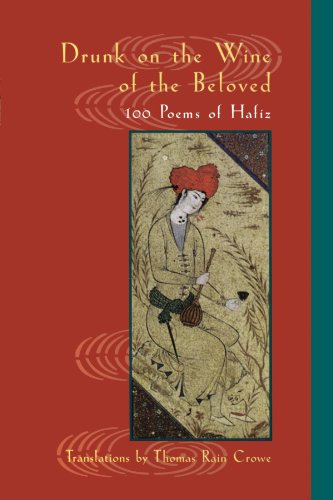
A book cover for Drunk on the Wine of the Beloved: Poems of Hafiz; Hafiz; Religion & Spirituality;